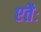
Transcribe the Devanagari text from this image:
एतैः